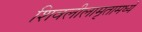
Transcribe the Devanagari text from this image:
शिवलीलामृतामध्ये